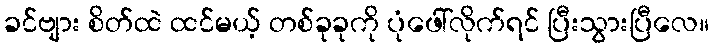
ခင်ဗျား စိတ်ထဲ ထင်မယ့် တစ်ခုခုကို ပုံဖေါ်လိုက်ရင် ပြီးသွားပြီလေ။